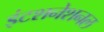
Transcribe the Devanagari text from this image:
इंटशनेशनल